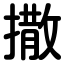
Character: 撒